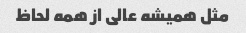
مثل همیشه عالی از همه لحاظ